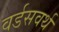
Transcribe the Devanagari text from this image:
वर्डसवर्थ